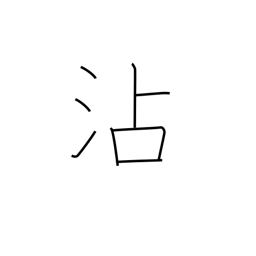
Meaning: soak